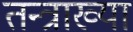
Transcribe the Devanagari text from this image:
तन्त्राख्या